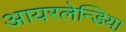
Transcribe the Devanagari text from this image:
आयरलेन्डिया